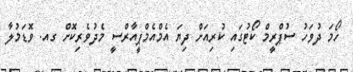
ހޯމަ ދުވަހު ސުޕްރީމް ކޯޓުގައި ކުރިއަށް ދިޔަ އެމްއެމްޕީއާރްސީ މެދުވެރިކޮށް ގއ. ވޮޑަމުލާ